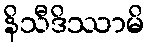
နိသီဒိဿာမိ